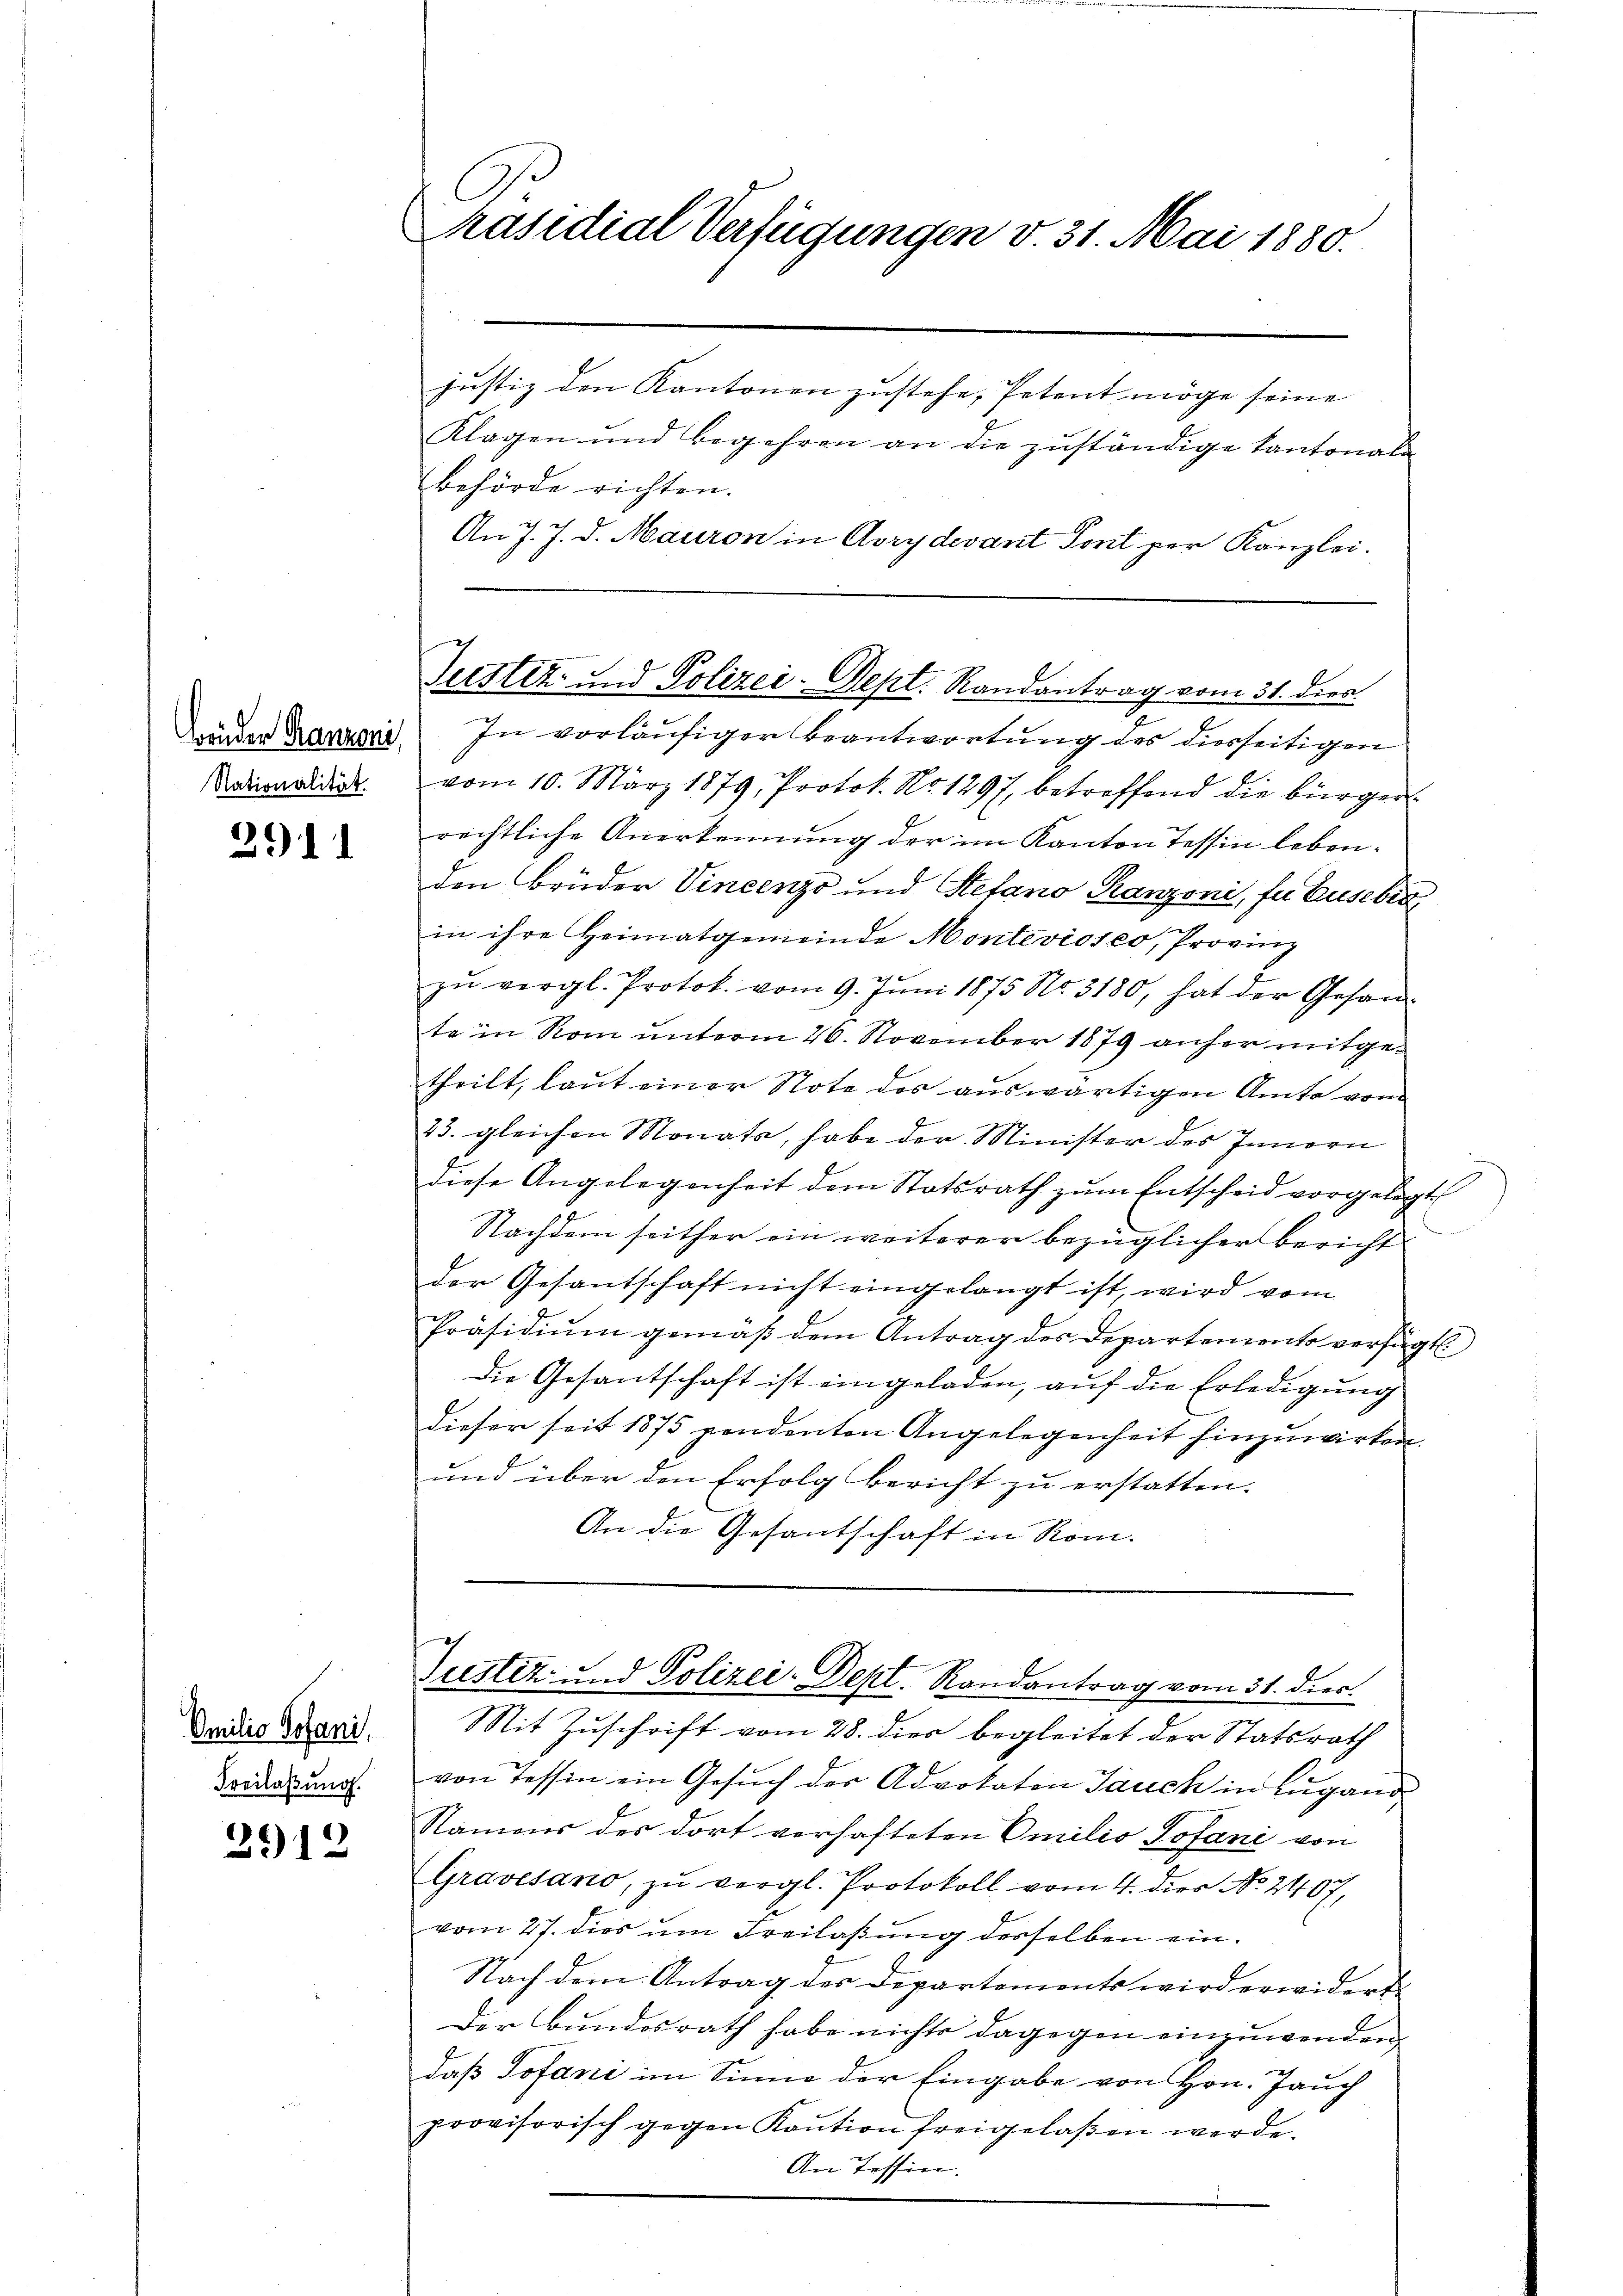
Brüder Gränz(...),
Nationalität.

3911

Omilio Sofani,
Freilassung.

2912

C
Präsidial-Verfügungen v. 31. Mai 1880.

Behörde richten.
An J. J. d. Mauron in Avrydevant Sont per Kanzlei.

Justiz- und Polizei-Dept. Randantrag vom 31. dies

In vorläufiger Beantwortung des diesseitigen
vom 10. März 1879, Protok. No. 1297, betreffend die bürger
rechtliche Anerkennung der im Kanton Tessin leben.
den Brüder Vincenzs und Stefano, Panzoni, fu Eusebra
in ihre Heimatgemeinde Montevioseo, Provinz
zŭ vergl. Protok. vom 9. Jŭni 1875 No. 3180, hat der Gesand
te in Rom unterm 26. November 1879 anher mitgetheilt, laut einer Note des auswärtigen Amte vom
23. gleichen Monats, habe der Minister des Innern
diese Angelegenheit dem Statsrath zum Entscheid vorgelegt,
Nachdem seither ein weiterer bezüglicher Bericht
der Gesantschaft nicht eingelangt ist, wird vom
Präsidiŭm gemäß dem Antrag des Departements verfügt
Die Gesantschaft ist eingeladen, auf die Erledigung
dieser seit 1875 pendenten Angelegenheit hinzuwirken.
und über den Erfolg bericht zu erstatten.
An die Gesantschaft in Rom.
Justiz und Polizei-Dept. Randantrag vom 31. dies
Mit Zuschrift vom 28. dies begleitet der Statsrath
von Tessin ein Gesŭch der Advokaten Jauch in Lugand
Namens des dort verhafteten Omilio Sofani von
Gravesano, zŭ vergl. Protokoll vom 4. dies No. 2407,
vom 27. dies um Freilassung derselben ein¬
Nach dem Antrag des Departements wird erwidert
Der Bundesrath habe nichts dagegen einzuwenden,
daß Jofani im Sinne der Eingabe von Hrn. Jauch
provisorisch gegen Kaution freigelaßen werde.
An Tessin.

justiz den Kantonen zustehe, Petent möge seine
Klagen und Begehren an die zuständige Kantonale